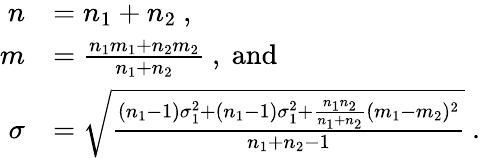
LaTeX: \begin{array}{rl}{n}&{=n_{1}+n_{2}\ ,}\\ {m}&{=\frac{n_{1}m_{1}+n_{2}m_{2}}{n_{1}+n_{2}}\ ,\ \mathrm{and}}\\ {\sigma}&{=\sqrt{\frac{(n_{1}-1)\sigma_{1}^{2}+(n_{1}-1)\sigma_{1}^{2}+\frac{n_{1}n_{2}}{n_{1}+n_{2}}(m_{1}-m_{2})^{2}}{n_{1}+n_{2}-1}}\ .}\end{array}